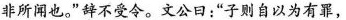
非所闻也。”辞不受令。文公日：”子则自以为有罪，